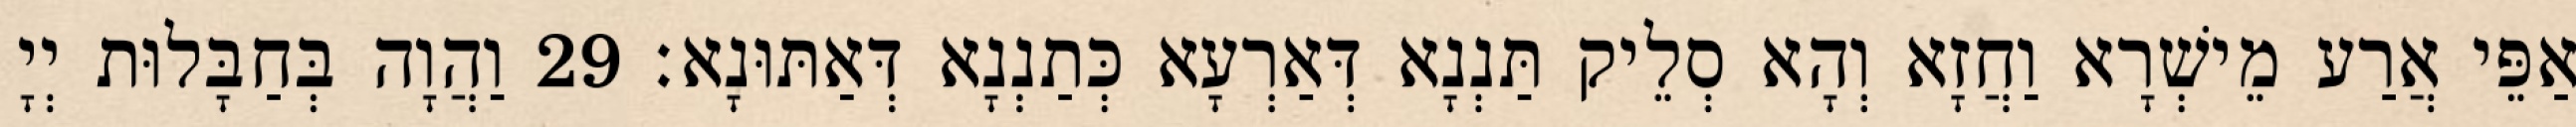
אַפֵּי אֲרַע מֵישְׁרָא וַחֲזָא וְהָא סְלֵיק תַּנְנָא דְּאַרְעָא כְּתַנְנָא דְּאַתּוּנָא׃ 29 וַהֲוָה בְּחַבָּלוּת יְיָ